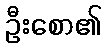
ဦးစော၏